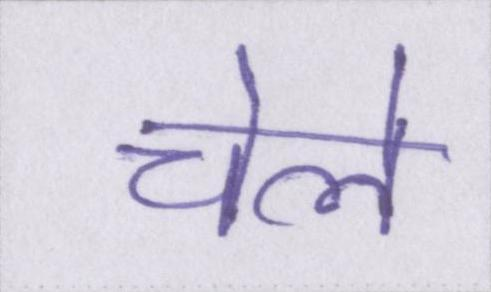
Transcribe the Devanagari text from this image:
चेले